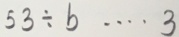
5 3 \div b \cdots 3